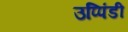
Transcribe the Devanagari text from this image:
उप्पिंडी